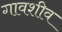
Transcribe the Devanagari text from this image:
गावशीव